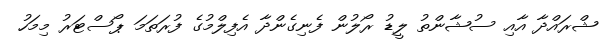
ޝްރައްދާ އާއި ސުޝާންތު ލީޑު ރޯލުން ފެނިގެންދާ އެފިލްމުގެ ފުރަތަމަ ޕޯސްޓަރު މިމަހު